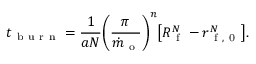
t _ { \mathrm { ~ b ~ u ~ r ~ n ~ } } = \frac { 1 } { a N } \bigg ( \frac { \pi } { \dot { m } _ { \mathrm { ~ o ~ } } } \bigg ) ^ { n } \big [ R _ { \mathrm { ~ f ~ } } ^ { N } - r _ { \mathrm { ~ f ~ , ~ 0 ~ } } ^ { N } \big ] .